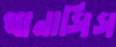
থানাসিস